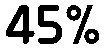
45%